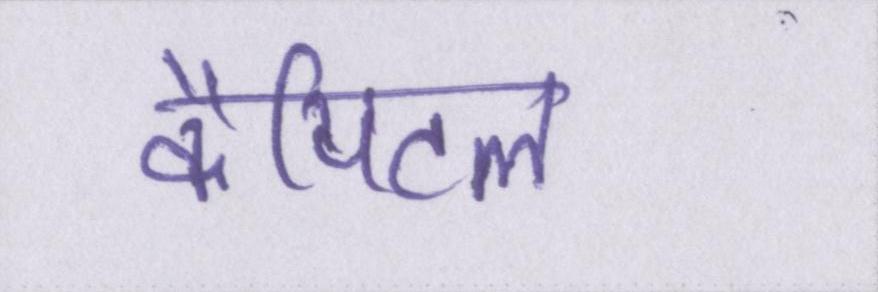
कैपिटल